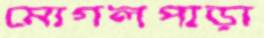
মোগলপাড়া